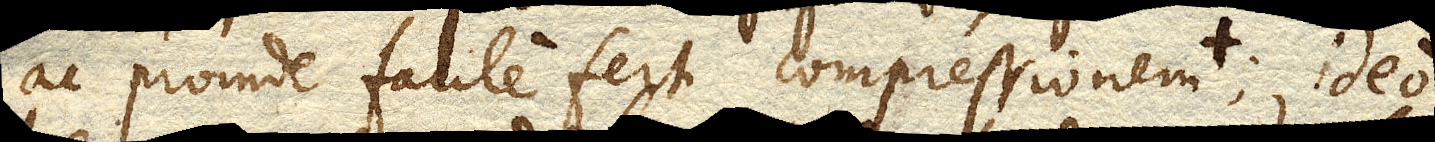
ac proinde facile fert compressionem; ideo